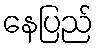
နေပြည်